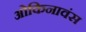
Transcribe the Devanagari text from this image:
ओकिनावंस